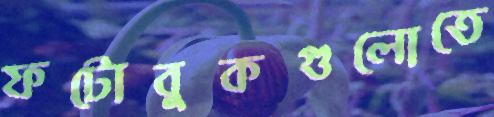
ফটোবুকগুলোতে